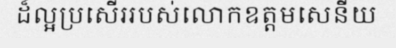
ដ៏ល្អប្រសើររបស់លោកឧត្តមសេនីយ